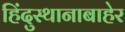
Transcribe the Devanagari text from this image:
हिंदुस्थानाबाहेर